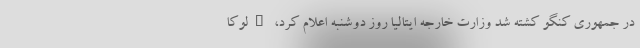
در جمهوری کنگو کشته شد وزارت خارجه ایتالیا روز دوشنبه اعلام کرد، "لوکا